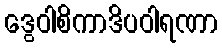
ဒွေဝါစိကာဒိပဝါရဏာ